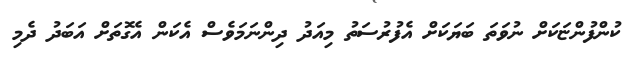
ކުންފުންޏަކަށް ނުވަތަ ބަޔަކަށް އެފުރުސަތު މިއަދު ދިންނަމަވެސް އެކަން އެގޮތަށް އަބަދު ދެމި